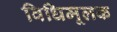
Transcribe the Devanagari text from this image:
विधिमूलक